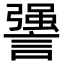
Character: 謽